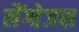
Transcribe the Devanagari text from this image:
लैंग्वेजस